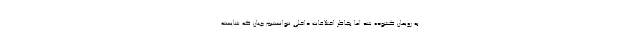
به رویمان گشوده شد اما بخاطر اختلافات داخلی نتوانستیم چنان که شایسته